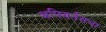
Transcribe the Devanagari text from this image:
अपियर्नसचा